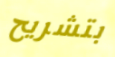
بتشريح